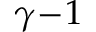
\gamma \! - \! 1